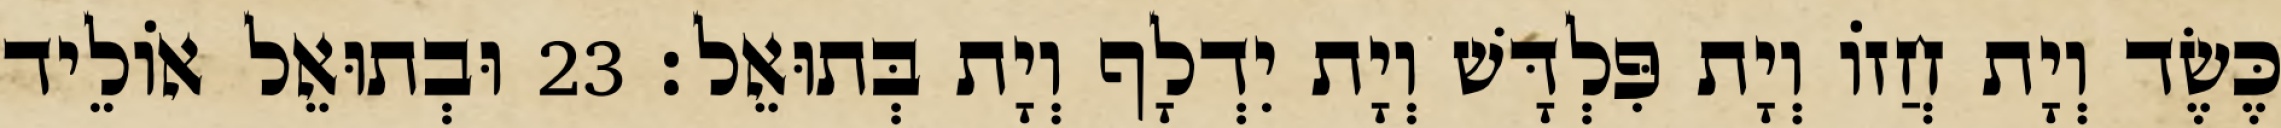
כֶּשֶׂד וְיָת חֲזוֹ וְיָת פִּלְדָּשׁ וְיָת יִדְלָף וְיָת בְּתוּאֵל׃ 23 וּבְתוּאֵל אוֹלֵיד